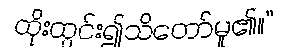
ထိုးထွင်း၍သိတော်မူ၏။”